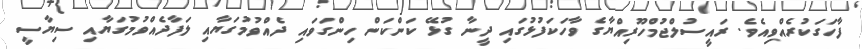
ފާހަގަކުރެއްވިއެވެ. ރައީސުލްޖުމްހޫރިއްޔާގެ ވާހަކަފުޅުގައި ދީނާ ގުޅޭ ކަންކަން ހިންގަވައި ދެއްވުމުގަޔާއި ލަފާދެއްވުމުގަޔާއި ސިޔާސީ